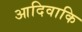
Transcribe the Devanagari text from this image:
आदिवाकि